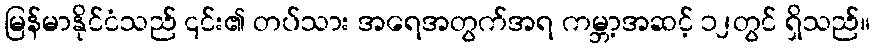
မြန်မာနိုင်ငံသည် ၎င်း၏ တပ်သား အရေအတွက်အရ ကမ္ဘာ့အဆင့် ၁၂တွင် ရှိသည်။